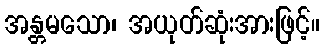
အန္တမသော၊ အယုတ်ဆုံးအားဖြင့်။